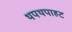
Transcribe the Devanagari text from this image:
थपथपाहट